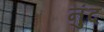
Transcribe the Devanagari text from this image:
नुंद